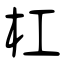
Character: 杠